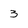
Character: 3